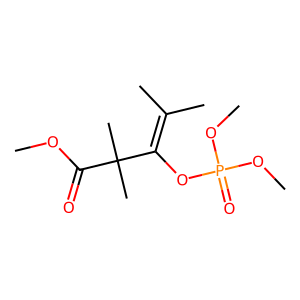
SMILES: COC(=O)C(C)(C)C(OP(=O)(OC)OC)=C(C)C
Inhibits HIV replication: No